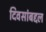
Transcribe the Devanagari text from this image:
दिवसांबद्दल